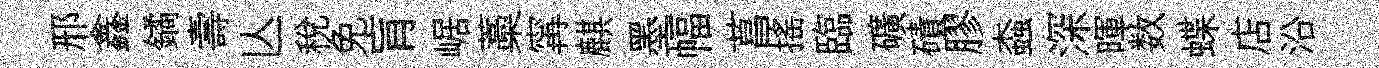
邢鑫鐍壽亾税免肓崌藁𡩋麒墨幅菖揺臨礦磧膠螙深暉数蝶店沿